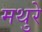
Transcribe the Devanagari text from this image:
मथुरे